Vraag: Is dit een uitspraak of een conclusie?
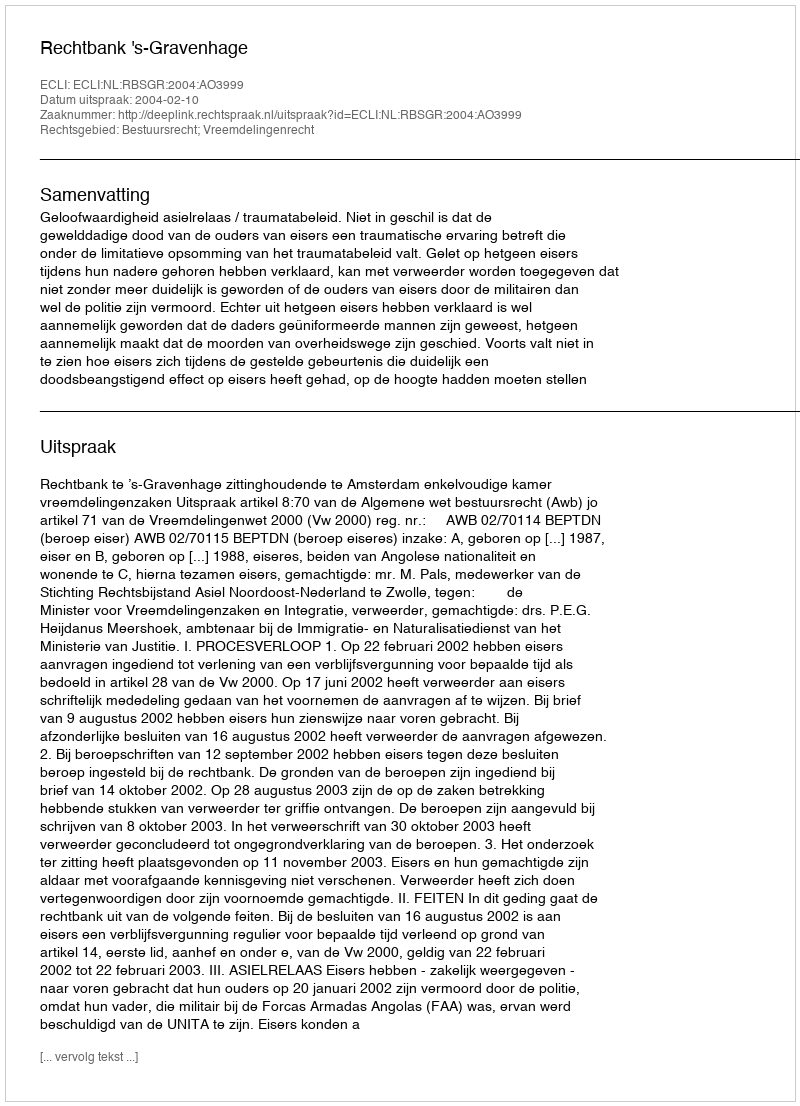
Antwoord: Uitspraak